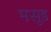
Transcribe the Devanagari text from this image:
मसूड